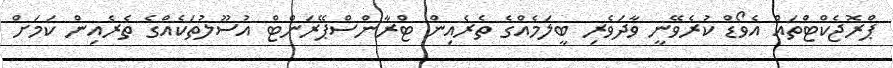
ޕްރޮޖެކްޓްތައް އެވޯޑް ކުރެވޭނީ ވާދަވެރި ބީލަމެއްގެ ތެރެއިން ޓްރާންސްޕޭރަންޓް އުސޫލުތަކެއްގެ ތެރެއިން ކަމަށް